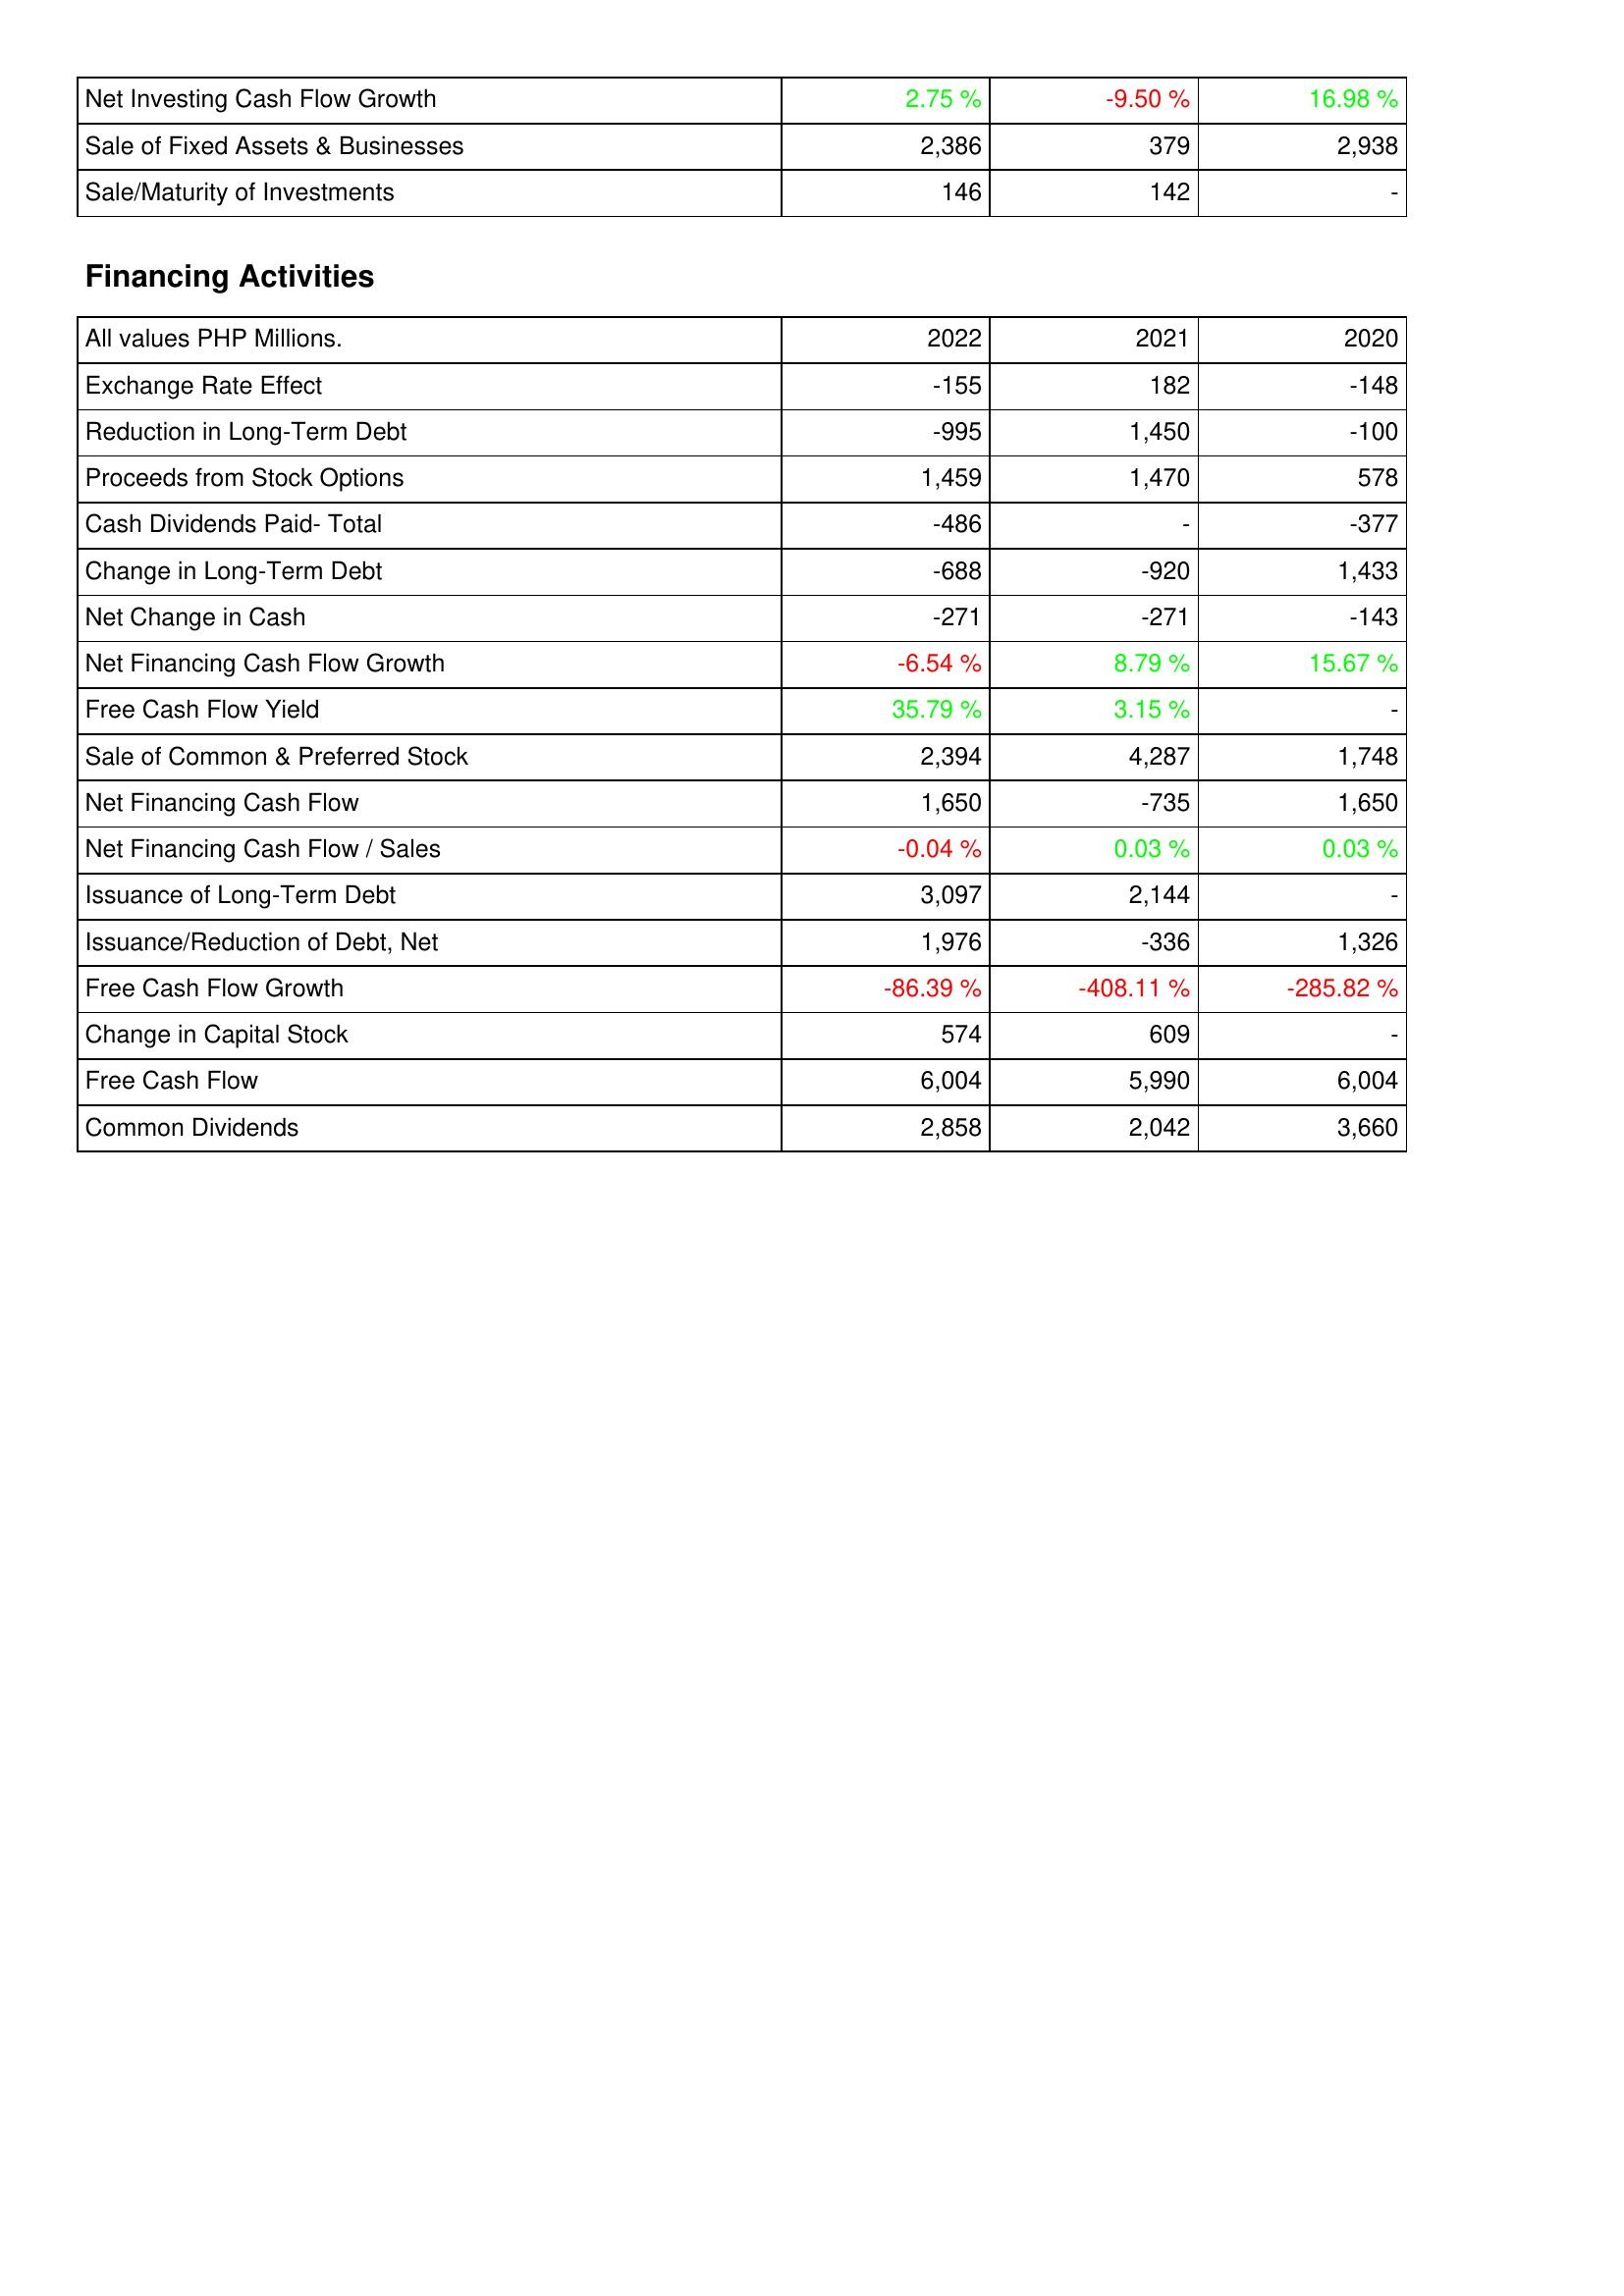
2022: Investing Activities: Net Investing Cash Flow Growth: 2.75 %
Sale of Fixed Assets & Businesses: 2,386
Sale/Maturity of Investments: 146
Financing Activities: Exchange Rate Effect: -155
Reduction in Long-Term Debt: -995
Proceeds from Stock Options: 1,459
Cash Dividends Paid- Total: -486
Change in Long-Term Debt: -688
Net Change in Cash: -271
Net Financing Cash Flow Growth: -6.54 %
Free Cash Flow Yield: 35.79 %
Sale of Common & Preferred Stock: 2,394
Net Financing Cash Flow: 1,650
Net Financing Cash Flow / Sales: -0.04 %
Issuance of Long-Term Debt: 3,097
Issuance/Reduction of Debt, Net: 1,976
Free Cash Flow Growth: -86.39 %
Change in Capital Stock: 574
Free Cash Flow: 6,004
Common Dividends: 2,858
2021: Investing Activities: Net Investing Cash Flow Growth: -9.50 %
Sale of Fixed Assets & Businesses: 379
Sale/Maturity of Investments: 142
Financing Activities: Exchange Rate Effect: 182
Reduction in Long-Term Debt: 1,450
Proceeds from Stock Options: 1,470
Cash Dividends Paid- Total: -
Change in Long-Term Debt: -920
Net Change in Cash: -271
Net Financing Cash Flow Growth: 8.79 %
Free Cash Flow Yield: 3.15 %
Sale of Common & Preferred Stock: 4,287
Net Financing Cash Flow: -735
Net Financing Cash Flow / Sales: 0.03 %
Issuance of Long-Term Debt: 2,144
Issuance/Reduction of Debt, Net: -336
Free Cash Flow Growth: -408.11 %
Change in Capital Stock: 609
Free Cash Flow: 5,990
Common Dividends: 2,042
2020: Investing Activities: Net Investing Cash Flow Growth: 16.98 %
Sale of Fixed Assets & Businesses: 2,938
Sale/Maturity of Investments: -
Financing Activities: Exchange Rate Effect: -148
Reduction in Long-Term Debt: -100
Proceeds from Stock Options: 578
Cash Dividends Paid- Total: -377
Change in Long-Term Debt: 1,433
Net Change in Cash: -143
Net Financing Cash Flow Growth: 15.67 %
Free Cash Flow Yield: -
Sale of Common & Preferred Stock: 1,748
Net Financing Cash Flow: 1,650
Net Financing Cash Flow / Sales: 0.03 %
Issuance of Long-Term Debt: -
Issuance/Reduction of Debt, Net: 1,326
Free Cash Flow Growth: -285.82 %
Change in Capital Stock: -
Free Cash Flow: 6,004
Common Dividends: 3,660